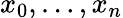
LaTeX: x_{0},\ldots,x_{n}